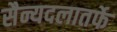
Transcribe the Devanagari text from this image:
सैन्यदलातर्फे